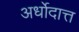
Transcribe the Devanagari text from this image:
अर्धोदात्त